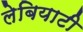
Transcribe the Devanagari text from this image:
लेबियाटी